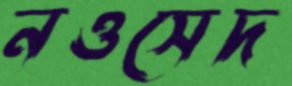
নওসেদ